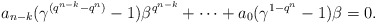
\begin{align*} a_{n-k}(\gamma^{(q^{n-k}-q^n)}-1)\beta^{q^{n-k}}+\cdots +a_0(\gamma^{1-q^n}-1)\beta=0. \end{align*}